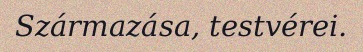
Származása, testvérei.